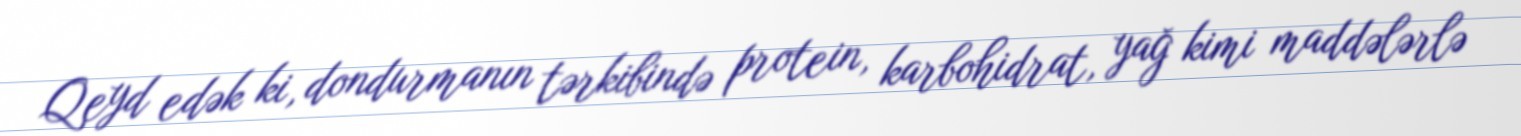
Qeyd edək ki, dondurmanın tərkibində protein, karbohidrat, yağ kimi maddələrlə